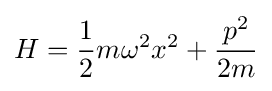
H={\frac {1}{2}}m\omega ^{2}x^{2}+{\frac {p^{2}}{2m}}